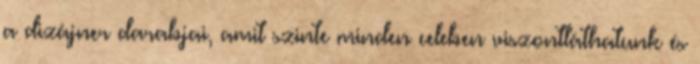
a dizájner darabjai, amit szinte minden celeben viszontláthatunk és